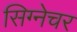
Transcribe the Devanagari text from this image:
सिग्‍नेचर